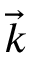
\vec { k }